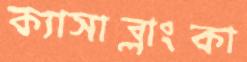
ক্যাসাব্লাংকা